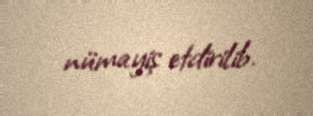
nümayiş etdirilib.